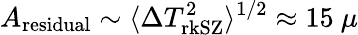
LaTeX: A_{\mathrm{residual}}\sim\langle\Delta T_{\mathrm{rkSZ}}^{2}\rangle^{1/2}\approx 15~\mu